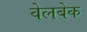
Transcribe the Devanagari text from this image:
वेलबेक